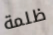
ظلمة